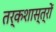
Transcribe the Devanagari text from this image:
तर्कशास्त्रों